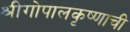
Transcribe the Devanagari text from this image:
श्रीगोपालकृष्णाची